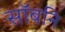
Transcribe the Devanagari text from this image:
सॉबनि